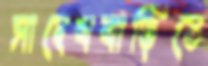
সাহেববাড়িতে